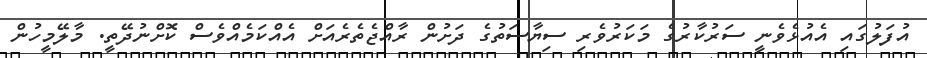
އުފަލުގައި އެއުޅެވެނީ ސަރުކާރުގެ މަކަރުވެރި ސިޔާސަތުގެ ދަށުން ރާއްޖެތެރެއަށް އެއްކަމެއްވެސް ކޮށްނުދޭތީ. މާލޭމީހުން